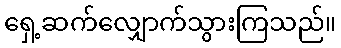
ရှေ့ဆက်လျှောက်သွားကြသည်။